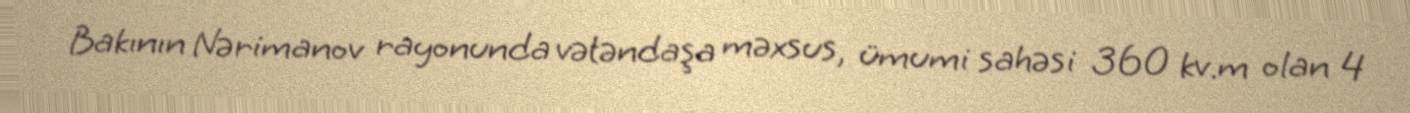
Bakının Nərimanov rayonunda vətəndaşa məxsus, ümumi sahəsi 360 kv.m olan 4